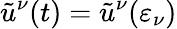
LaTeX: \tilde{u}^{\nu}(t)=\tilde{u}^{\nu}(\varepsilon_{\nu})